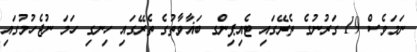
ނަމަވެސް 19 ގަރުނުގެ ތެރޭގައި ޓެއިޕިންގ ބަޣާވާތުގެ ތެރޭގައި ހިނގި ހަމަ ނުޖެހުމުގައި